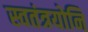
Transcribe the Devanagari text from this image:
स्वतंत्रयोनि